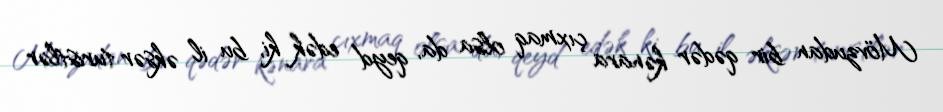
Mövzudan bir qədər kənara çıxmaq olsa da, qeyd edək ki, bu il əksər turistlər